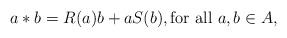
LaTeX: \begin{align*}a*b = R(a)b+aS(b), \mbox{for all $a,b\in A$,}\end{align*}